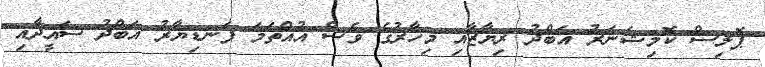
ޕޮލިސް ކޮމިޝަނަރު އަބްދު ރިޔާޒާއި މިހާރުގެ ވެސް އުއްތަމަ ފަނޑިޔާރު އަބްދު ސައީދާއި